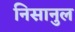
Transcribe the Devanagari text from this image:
निसानुल